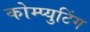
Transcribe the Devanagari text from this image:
कोम्प्युटिंग